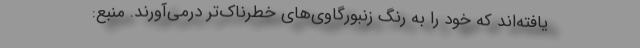
یافته‌اند که خود را به رنگ زنبورگاوی‌های خطرناک‌تر درمی‌آورند. منبع: